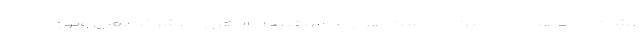
نشان می‌دهند بازار چین در دست هوآوی است. پس از هوآوی، شرکت‌های ویوو